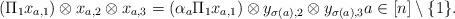
LaTeX: \begin{align*}(\Pi_1 x_{a,1}) \otimes x_{a,2} \otimes x_{a,3}=(\alpha_a \Pi_1 x_{a,1}) \otimes y_{\sigma(a),2} \otimes y_{\sigma(a),3}a \in [n]\setminus \{1\}.\end{align*}